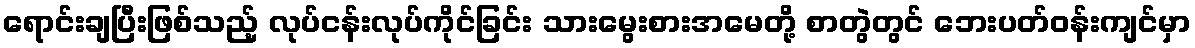
ရောင်းချပြီးဖြစ်သည့် လုပ်ငန်းလုပ်ကိုင်ခြင်း သားမွေးစားအမေတို့ စာတွဲတွင် ဘေးပတ်ဝန်းကျင်မှာ